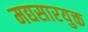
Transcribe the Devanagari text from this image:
मद्यसारयुक्त